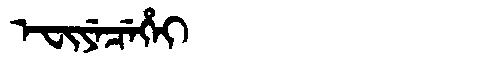
Manchu: ᡝᠸᡳᠶᡝᠴᡝᡥᡝᡳ
Romanization: EFIYECEHEI